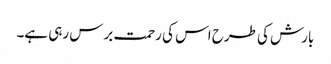
بارش کی طرح اس کی رحمت برس رہی ہے۔